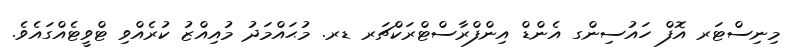
މިނިސްޓަރ އޮފް ހައުސިންގ އެންޑް އިންފްރާސްޓްރަކްޗަރ ޑރ. މުޙައްމަދު މުއިއްޒު ކުރެއްވި ޓްވީޓެއްގައެވެ.